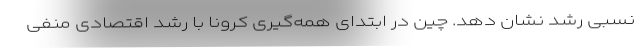
نسبی رشد نشان دهد. چین در ابتدای همه‌گیری کرونا با رشد اقتصادی منفی